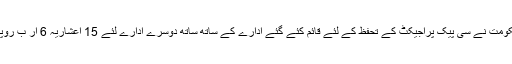
اس کے علاوہ حکومت نے سی پیک پراجیکٹ کے تحفظ کے لئے قائم کئے گئے ادارے کے ساتھ ساتھ دوسرے ادارے لئے 15 اعشاریہ 6 ار ب روپے مختص کئے ۔